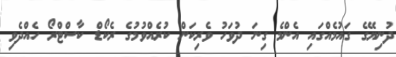
ދުނިޔޭގެ ގައުމެއްގައި އެންމެ ގިނަ ދުވަހު ވެރިކަން ކުރެއްވުމުގެ ރެކޯޑް ކާސްޓްރޯ ހެއްދެވި